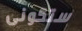
ستكونى